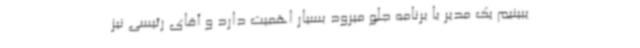
یبینیم یک مدیر با برنامه جلو میرود بسیار اهمیت دارد و آقای رئیسی نیز